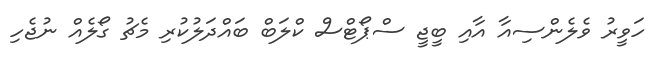
ހަވީރު ވެލެންސިއާ އާއި ބީޖީ ސްޕޯޓްސް ކްލަބް ބައްދަލުކުރި މެޗު ގޯލެއް ނުޖެހި